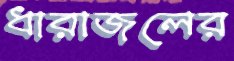
ধারাজলের